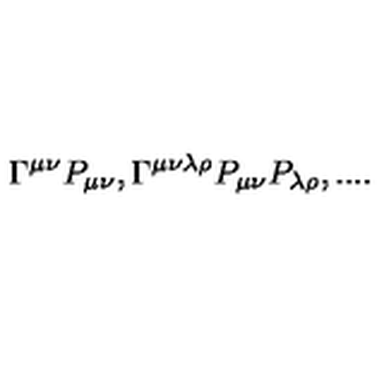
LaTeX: \Gamma ^ { \mu \nu } P _ { \mu \nu } , \Gamma ^ { \mu \nu \lambda \rho } P _ { \mu \nu } P _ { \lambda \rho } , . . . .